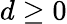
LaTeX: d\geq 0